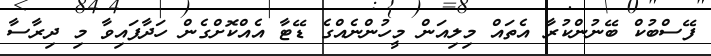
ފޭސްބުކް ބޭނުންކުރާ އެތައް މިލިއަން މީހުންނެއްގެ ޑޭޓާ އެއްކޮށްގެން ހަދާފައިވާ މި ދިރާސާ